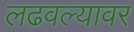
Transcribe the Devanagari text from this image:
लढवल्यावर